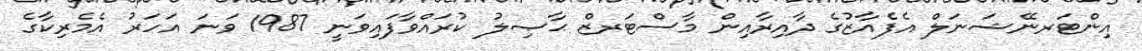
އިންޓަރނޭޝަނަލް އެފެއާޒުގެ ދާއިރާއިން މާސްޓަރޒް ޙާޞިލު ކުރައްވާފައިވަނީ 1987 ވަނަ އަހަރު އެމެރިކާގެ